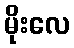
မိုးလေ